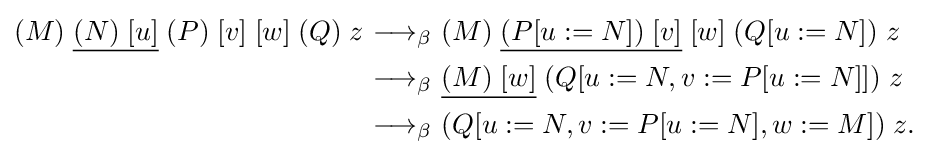
{\begin{aligned}(M)\;{\underline {(N)\;[u]}}\;(P)\;[v]\;[w]\;(Q)\;z&{\ \longrightarrow _{\beta }\ }(M)\;{\underline {(P[u:=N])\;[v]}}\;[w]\;(Q[u:=N])\;z\\&{\ \longrightarrow _{\beta }\ }{\underline {(M)\;[w]}}\;(Q[u:=N,v:=P[u:=N]])\;z\\&{\ \longrightarrow _{\beta }\ }(Q[u:=N,v:=P[u:=N],w:=M])\;z.\end{aligned}}